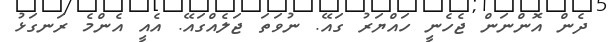
ދެން އޮންނަން ޖެހެނީ ހައްޔަރު ގައޭ. ނުވަތަ ޖަލެއްގައޭ. އެއީ އެންމެ ރަނގަޅު